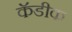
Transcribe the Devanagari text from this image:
कॅडीक